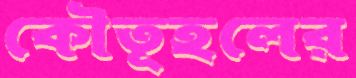
কৌতূহলের